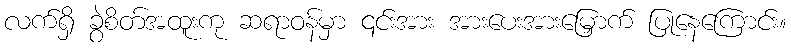
လက်ရှိ ခွဲစိတ်အထူးကု ဆရာဝန်မှာ ၎င်းအား အားပေးအားမြှောက် ပြုနေကြောင်း။